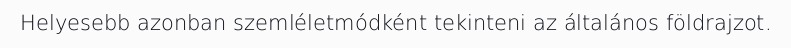
Helyesebb azonban szemléletmódként tekinteni az általános földrajzot.